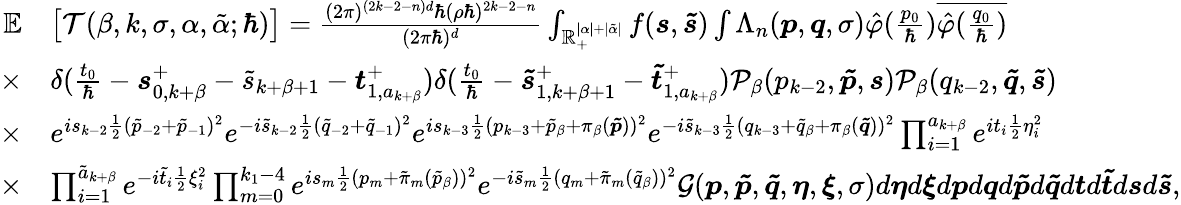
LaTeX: \begin{array}{rl}{\mathbb{E}}&{\big[\mathcal{T}(\beta,k,\sigma,\alpha,\tilde{\alpha};\hbar)\big]=\frac{(2\pi)^{(2k-2-n)d}\hbar(\rho\hbar)^{2k-2-n}}{(2\pi\hbar)^{d}}\int_{\mathbb{R}_{+}^{|\alpha|+|\tilde{\alpha}|}}f(\boldsymbol{s},\boldsymbol{\tilde{s}})\int\Lambda_{n}(\boldsymbol{p},\boldsymbol{q},\sigma)\hat{\varphi}(\frac{p_{0}}{\hbar})\overline{{\hat{\varphi}(\frac{q_{0}}{\hbar})}}}\\ {\times}&{\delta(\frac{t_{0}}{\hbar}-\boldsymbol{s}_{0,k+\beta}^{+}-\tilde{s}_{k+\beta+1}-\boldsymbol{t}_{1,a_{k+\beta}}^{+})\delta(\frac{t_{0}}{\hbar}-\boldsymbol{\tilde{s}}_{1,k+\beta+1}^{+}-\boldsymbol{\tilde{t}}_{1,a_{k+\beta}}^{+})\mathcal{P}_{\beta}(p_{k-2},\boldsymbol{\tilde{p}},\boldsymbol{s})\mathcal{P}_{\beta}(q_{k-2},\boldsymbol{\tilde{q}},\boldsymbol{\tilde{s}})}\\ {\times}&{e^{is_{k-2}\frac{1}{2}(\tilde{p}_{-2}+\tilde{p}_{-1})^{2}}e^{-i\tilde{s}_{k-2}\frac{1}{2}(\tilde{q}_{-2}+\tilde{q}_{-1})^{2}}e^{is_{k-3}\frac{1}{2}(p_{k-3}+\tilde{p}_{\beta}+\pi_{\beta}(\boldsymbol{\tilde{p}}))^{2}}e^{-i\tilde{s}_{k-3}\frac{1}{2}(q_{k-3}+\tilde{q}_{\beta}+\pi_{\beta}(\boldsymbol{\tilde{q}}))^{2}}\prod_{i=1}^{a_{k+\beta}}e^{it_{i}\frac{1}{2}\eta_{i}^{2}}}\\ {\times}&{\prod_{i=1}^{\tilde{a}_{k+\beta}}e^{-i\tilde{t}_{i}\frac{1}{2}\xi_{i}^{2}}\prod_{m=0}^{k_{1}-4}e^{is_{m}\frac{1}{2}(p_{m}+\tilde{\pi}_{m}(\tilde{p}_{\beta}))^{2}}e^{-i\tilde{s}_{m}\frac{1}{2}(q_{m}+\tilde{\pi}_{m}(\tilde{q}_{\beta}))^{2}}\mathcal{G}(\boldsymbol{p},\boldsymbol{\tilde{p}},\boldsymbol{\tilde{q}},\boldsymbol{\eta},\boldsymbol{\xi},\sigma)d\boldsymbol{\eta}d\boldsymbol{\xi}d\boldsymbol{p}d\boldsymbol{q}d\boldsymbol{\tilde{p}}d\boldsymbol{\tilde{q}}d\boldsymbol{t}d\boldsymbol{\tilde{t}}d\boldsymbol{s}d\boldsymbol{\tilde{s}},}\end{array}